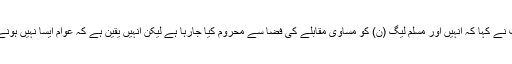
نواز شریف نے کہا کہ انہیں اور مسلم لیگ (ن) کو مساوی مقابلے کی فضا سے محروم کیا جارہا ہے لیکن انہیں یقین ہے کہ عوام ایسا نہیں ہونے دیں گے۔